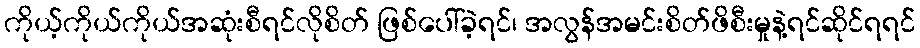
ကိုယ့်ကိုယ်ကိုယ်အဆုံးစီရင်လိုစိတ် ဖြစ်ပေါ်ခဲ့ရင်၊ အလွန်အမင်းစိတ်ဖိစီးမှုနဲ့ရင်ဆိုင်ရရင်